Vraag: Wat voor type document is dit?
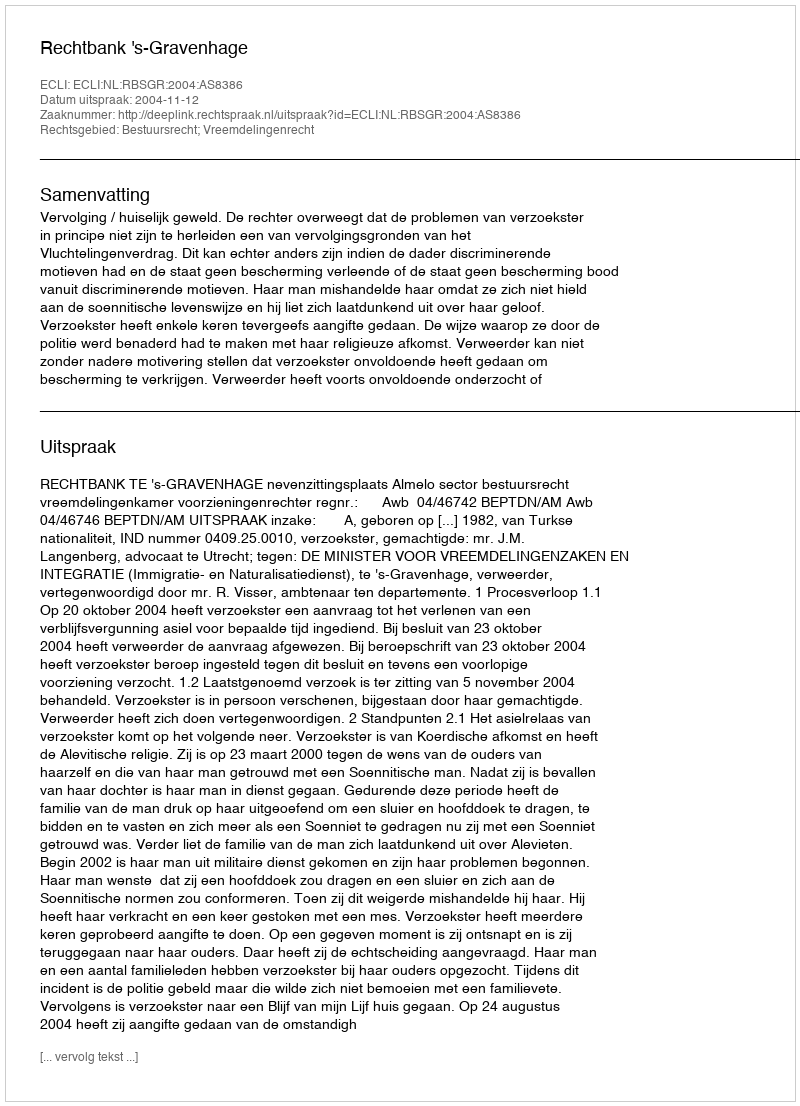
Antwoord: Uitspraak